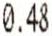
0.48